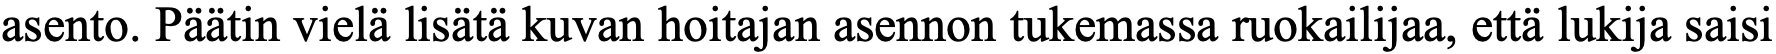
asento. Päätin vielä lisätä kuvan hoitajan asennon tukemassa ruokailijaa, että lukija saisi